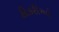
ઠીકરીઓ